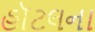
હૉટલના